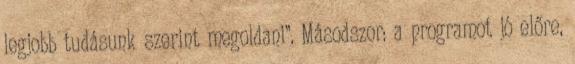
legjobb tudásunk szerint megoldani”. Másodszor: a programot jó előre,